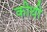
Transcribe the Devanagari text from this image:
कीथी